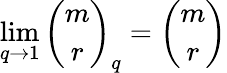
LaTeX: \operatorname*{lim}_{q\to 1}{\binom{m}{r}}_{q}={\binom{m}{r}}